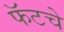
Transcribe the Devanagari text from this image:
फॅटचे